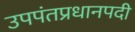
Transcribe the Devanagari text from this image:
उपपंतप्रधानपदी